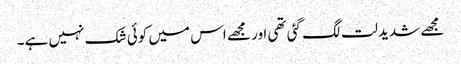
مجھے شدید لت لگ گئی تھی اور مجھے اس میں کوئی شک نہیں ہے۔